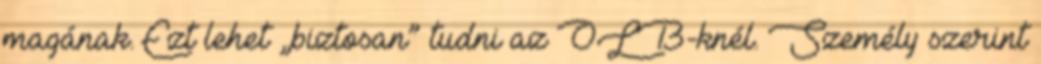
magának. Ezt lehet „biztosan” tudni az OLB-knél. Személy szerint